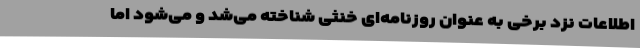
اطلاعات نزد برخی به عنوان روزنامه‌ای خنثی شناخته می‌شد و می‌شود اما